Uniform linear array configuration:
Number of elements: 8
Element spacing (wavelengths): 0.25
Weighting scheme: hamming
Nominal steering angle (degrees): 0
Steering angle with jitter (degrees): -1.993
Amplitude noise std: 0.05
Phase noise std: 0.05

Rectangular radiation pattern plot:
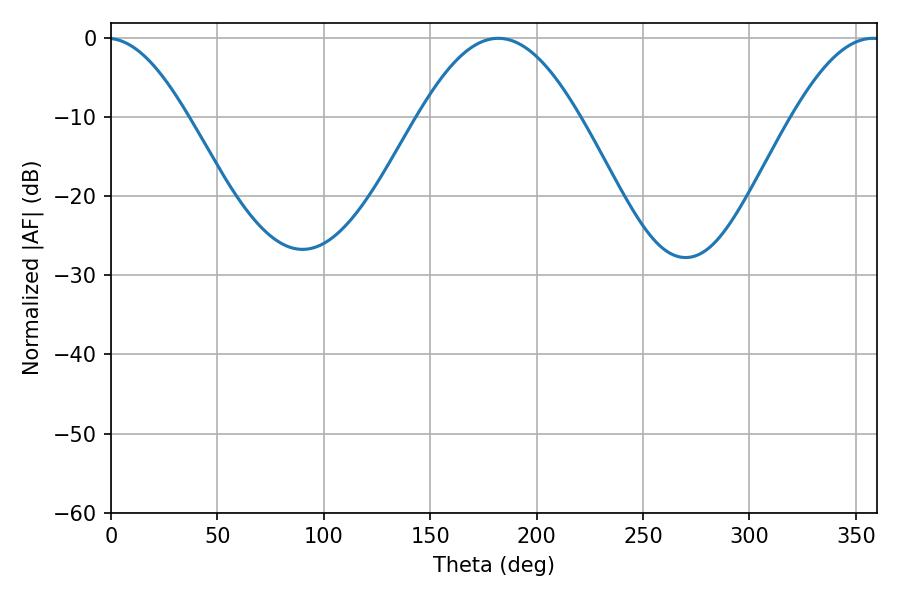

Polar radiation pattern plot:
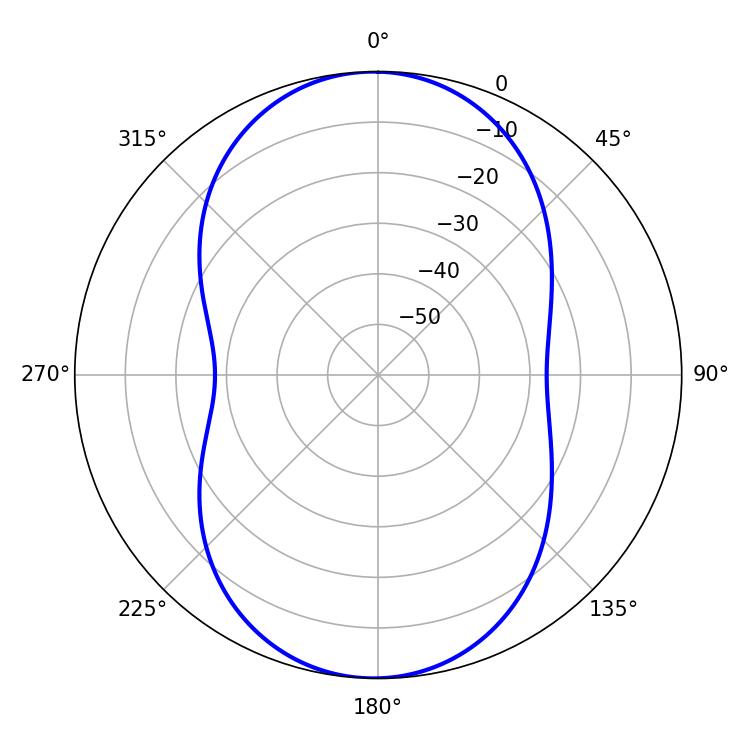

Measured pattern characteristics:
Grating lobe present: FALSE
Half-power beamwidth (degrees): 41.04
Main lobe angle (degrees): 181.98